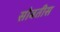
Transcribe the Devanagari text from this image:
सोबतीस